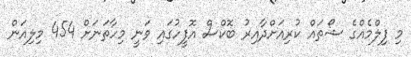
މި ފިލްމެއްގެ ޝޯތައް ކުރިއަށްދާއިރު ބޮކްސް އޮފީހުގައި ވަނީ މިހާތަނަށް 454 މިލިއަން